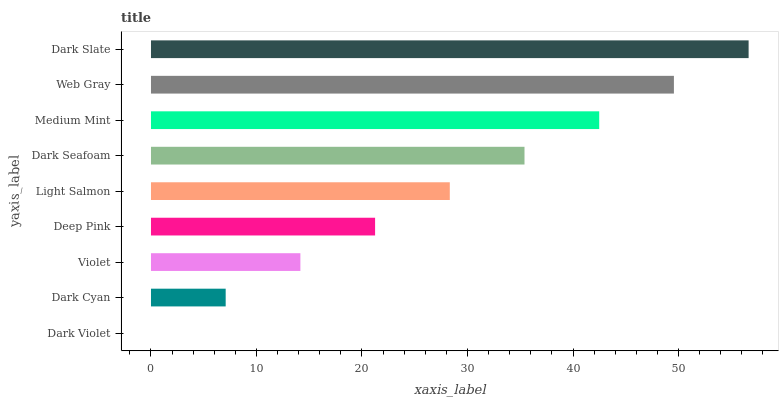
| yaxis_label | bars |
 | --- | --- |
 | Dark Violet | 0 |
 | Dark Cyan | 7.08 |
 | Violet | 14.2 |
 | Deep Pink | 21.2 |
 | Light Salmon | 28.3 |
 | Dark Seafoam | 35.4 |
 | Medium Mint | 42.5 |
 | Web Gray | 49.6 |
 | Dark Slate | 56.6 |